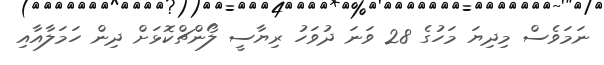
ނަަމަވެސް މިދިޔަ މަހުގެ 28 ވަނަ ދުވަހު ރިޔާސީ ލޯންޗްކޮޅަށް ދިން ހަމަލާއާއި